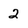
Character: 2